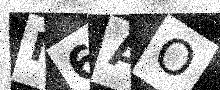
Text: M6AO